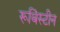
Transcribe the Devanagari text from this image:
रूबिंस्टीन